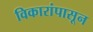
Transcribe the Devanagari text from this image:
विकारांपासून